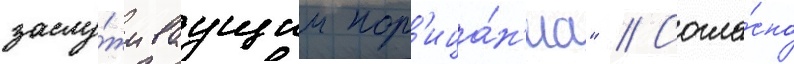
заслу́живаущим пор'ица́н'иа" // Согла́сно